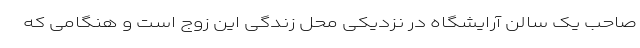
صاحب یک سالن آرایشگاه در نزدیکی محل زندگی این زوج است و هنگامی که